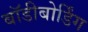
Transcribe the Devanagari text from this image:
बॉडीबोर्डिंग